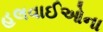
હલવાઈઓના